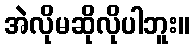
အဲလိုမဆိုလိုပါဘူး။